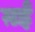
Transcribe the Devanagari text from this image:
ग़ईं